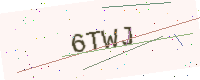
Text: 6TWJ